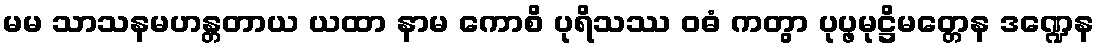
မမ သာသနမဟန္တတာယ ယထာ နာမ ကောစိ ပုရိသဿ ဝဓံ ကတွာ ပုပ္ဖမုဋ္ဌိမတ္တေန ဒဏ္ဍေန